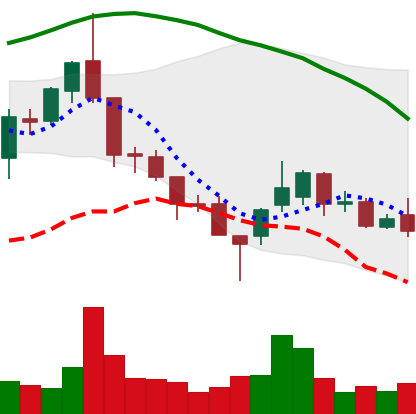
Ticker: ETC-USD
Chart end date: 2018-08-22
Forward return: 3.375%
Label: up_3_5